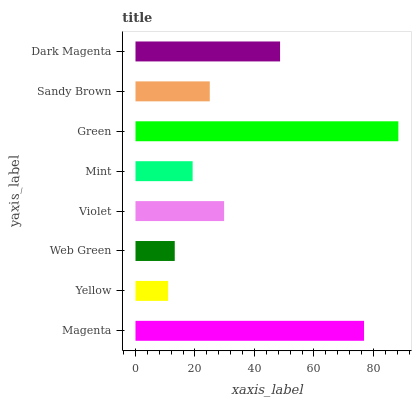
| yaxis_label | bars |
 | --- | --- |
 | Magenta | 76.9 |
 | Yellow | 11 |
 | Web Green | 13.2 |
 | Violet | 29.8 |
 | Mint | 19.2 |
 | Green | 88.4 |
 | Sandy Brown | 25 |
 | Dark Magenta | 48.6 |